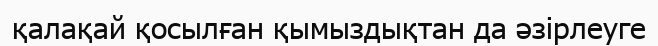
қалақай қосылған қымыздықтан да әзірлеуге